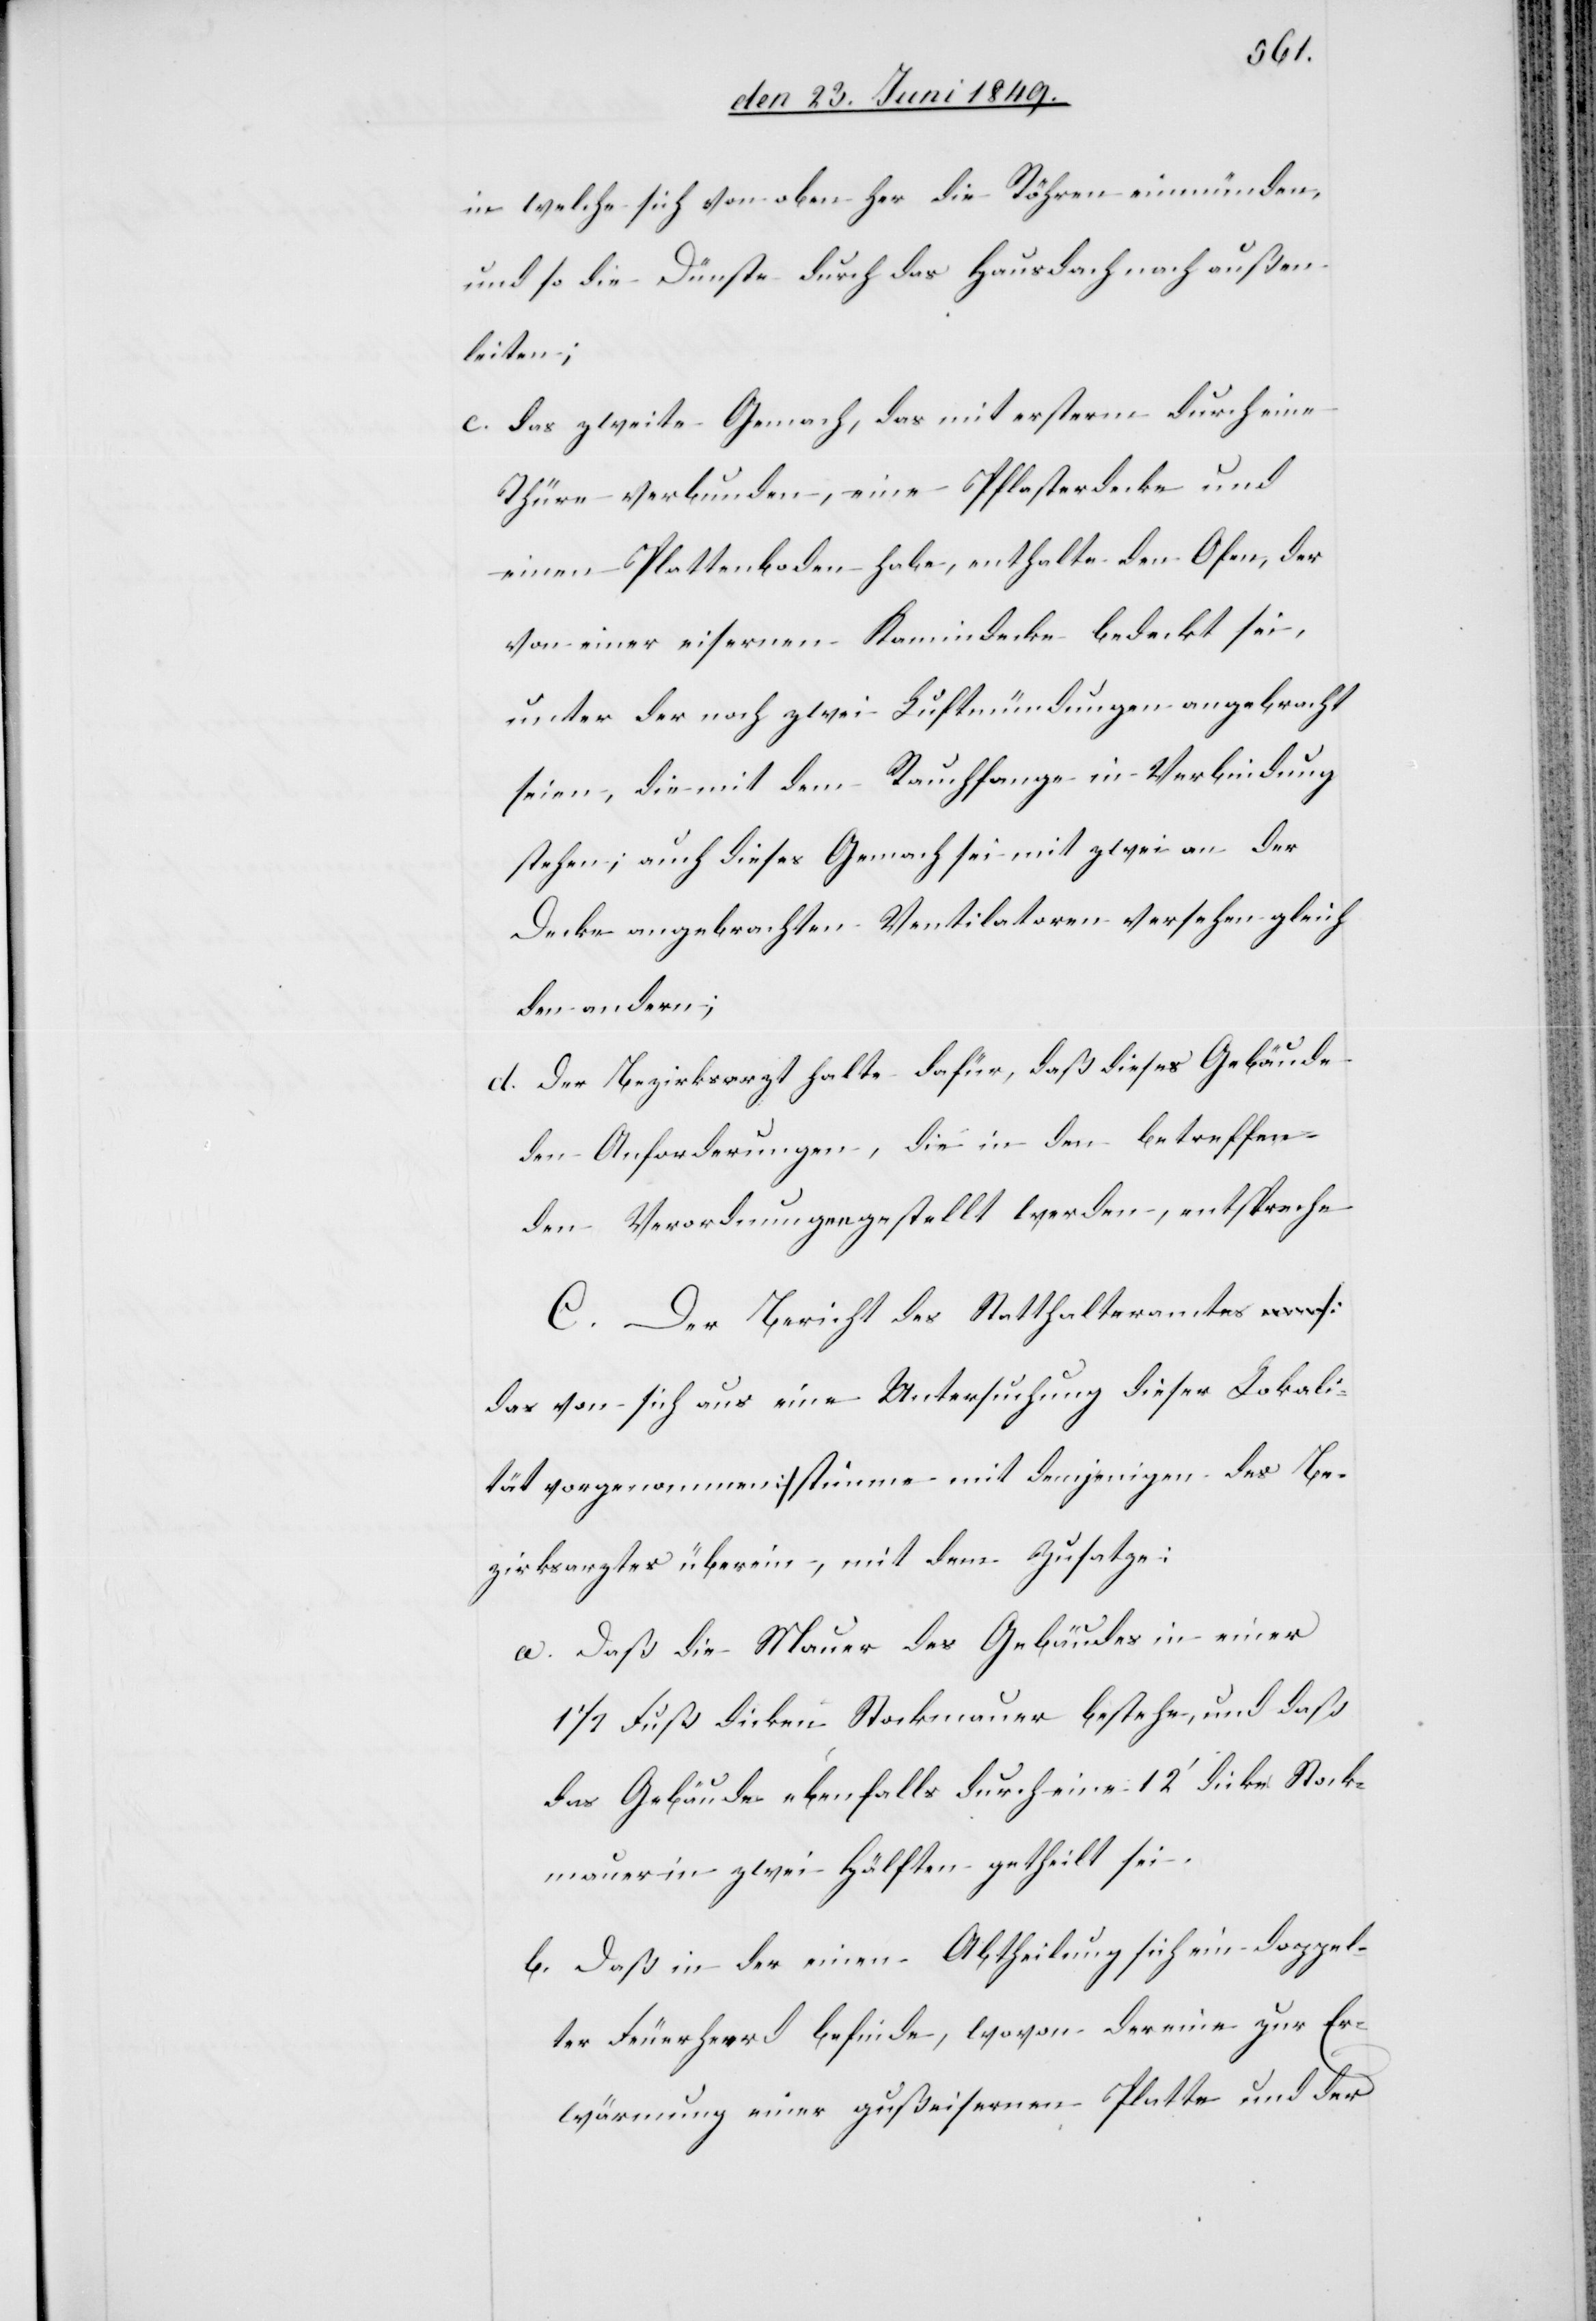
in welche sich von oben her die Röhren einmünden,
und so die Dünste durch das Hausdach nach außen
leiten;
c. das zweite Gemach, das mit ersterm durch eine
Thüre verbunden, eine Pflasterdecke und
einen Plattenboden habe, enthalte den Ofen, der
von einer eisernen Kamindecke bedeckt sei,
unter der noch zwei Luftmündungen angebracht
seien, die mit dem Rauchfange in Verbindung
stehen; auch dieses Gemach sei mit zwei an der
Decke angebrachten Ventilatoren versehen gleich
den andern;
d. Der Bezirksarzt halte dafür, daß dieses Gebäude
den Anforderungen, die in den betreffen¬
den Verordnungen gestellt werden, entspreche
C. Der Bericht des Statthalteramtes [d¬
as von sich aus eine Untersuchung dieser Lokali¬
tät vorgenommen] stimme mit demjenigen des Be¬
zirksarztes überein, mit dem Zusatze:
a. Daß die Mauer des Gebäudes in einer
1 1/2 Fuß dicken Stockmauer bestehe, und daß
das Gebäude ebenfalls durch eine 12‘ dicke Stock¬
mauer in zwei Hälften getheilt sei.
b. Daß in der einen Abtheilung sich ein doppel¬
ter Feuerheerd befinde, wovon der eine zur Er¬
wärmung einer gußeisernen Platte und der